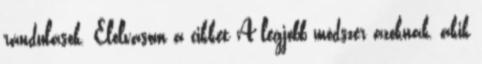
rándulások. Elolvasom a cikket A legjobb módszer azoknak, akik